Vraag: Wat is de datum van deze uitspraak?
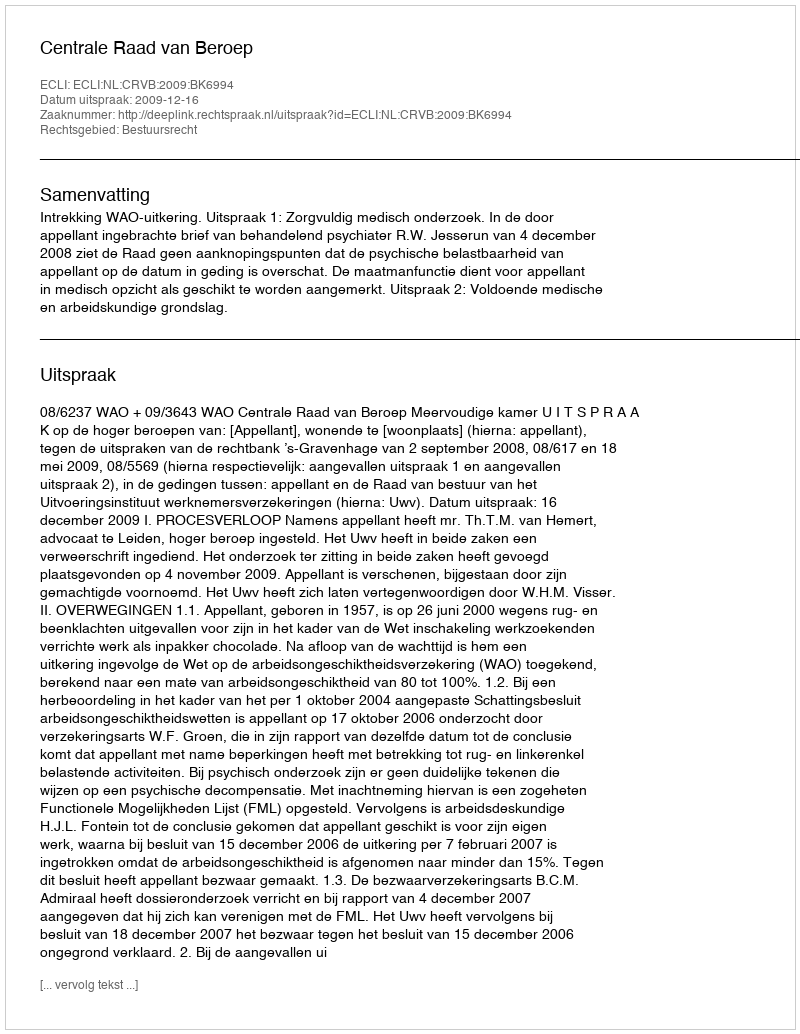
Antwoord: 2009-12-16